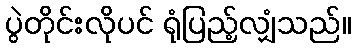
ပွဲတိုင်းလိုပင် ရုံပြည့်လျှံသည်။